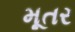
મૂતર